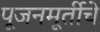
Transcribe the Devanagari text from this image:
पूजनमूर्तीचे